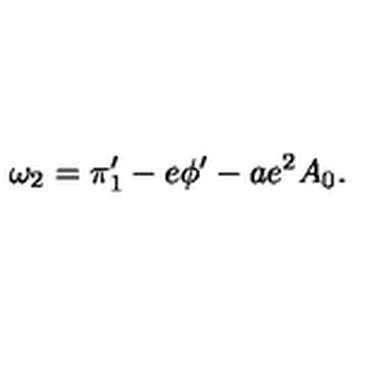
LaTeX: \omega _ { 2 } = \pi _ { 1 } ^ { \prime } - e \phi ^ { \prime } - a e ^ { 2 } A _ { 0 } .